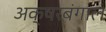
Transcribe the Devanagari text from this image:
अक्षरबंगाल